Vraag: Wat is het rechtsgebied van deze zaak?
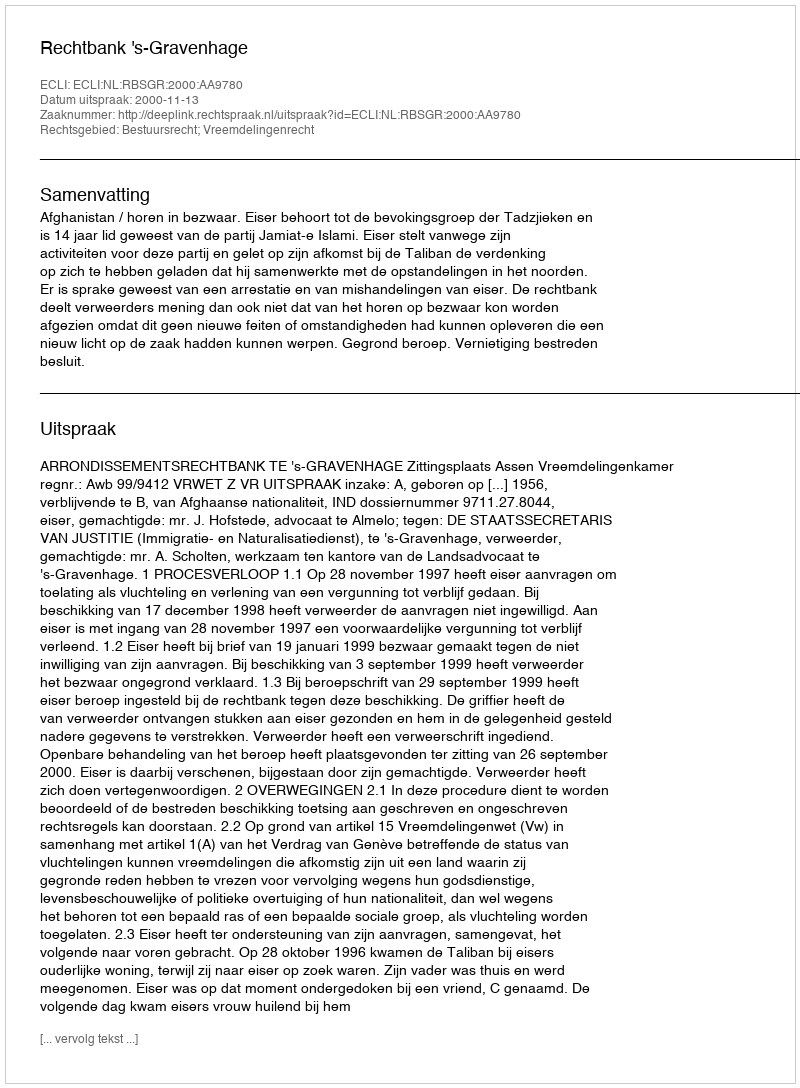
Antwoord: Bestuursrecht; Vreemdelingenrecht